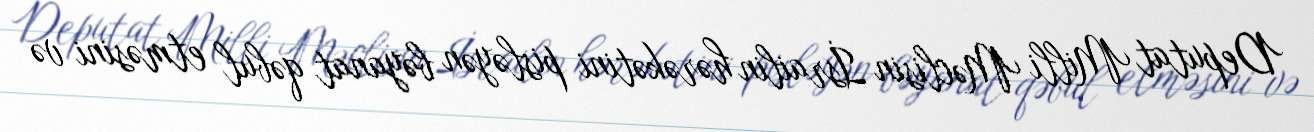
Deputat Milli Məclisin İsrailin hərəkətini pisləyən bəyanat qəbul etməsini və